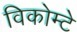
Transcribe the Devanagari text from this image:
विकोम्‍टे